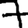
Digit: 7